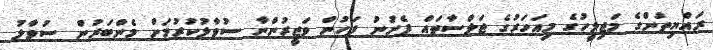
ރައްޔިތުންގެ މަޖިލީހުގެ މިއަހަރުގެ ޖަލްސާތައް ފެށުނު ފަހުން ވަޒީރުންނާ ސުވާލުކުރުމަށް މެންބަރުން ސުވާލު